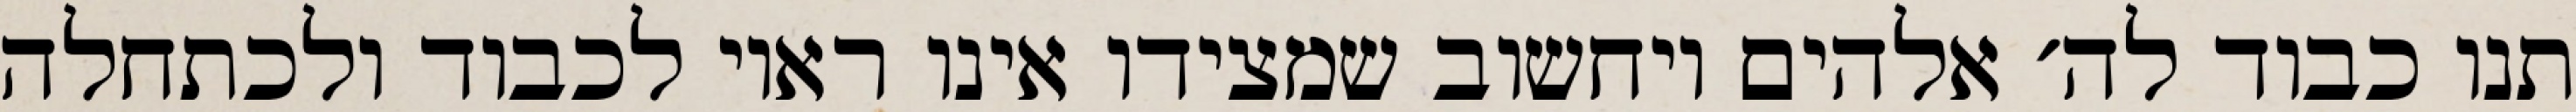
תנו כבוד לה׳ אלהים ויחשוב שמצידו אינו ראוי לכבוד ולכתחלה